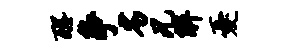
醒争劣兄解忧